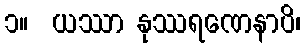
၁။  ယဿာ နုဿရဏေနာပိ၊